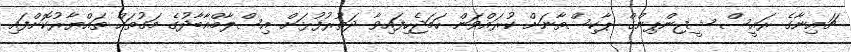
ޗައިނާގެ ރައީސް ޝީޖިންޕިންގް ޕާކިސްތާނަށް ކުރައްވަން ހަމަޖެހިފައިވާ ދަތުރުފުޅަށް އިސްލާމްއާބާދުގެ މަގުތައް ތައްޔާރުކޮށްފައި